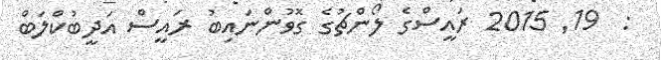
:  19